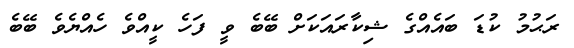
ރަޙުމު ކުޑަ ބައެއްގެ ޝިކާރައަކަށް ބޭބެ ވީ ފަހެ ކީއްވެ ހެއްޔެވެ ބޭބެ